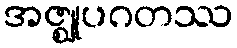
အဇ္ဈုပဂတဿ